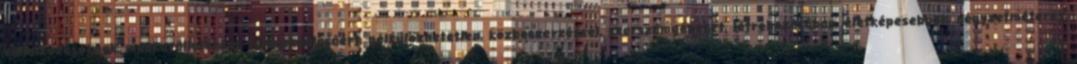
vállalkozásoknak, munkavállalókkal, felhasználásáért, nélkülözhetetlen, közbeszerzéssel, szerszámgépeket, létrehozásában, életképesebbek, négyzetméteres,